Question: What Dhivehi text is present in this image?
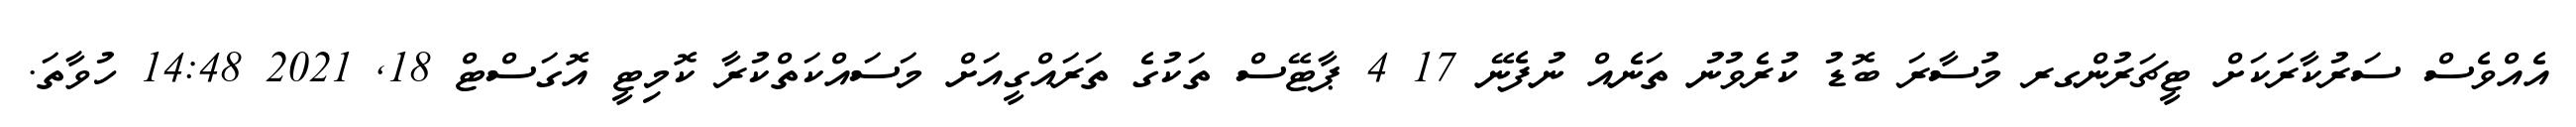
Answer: އެއްވެސް ސަރުކާރަކަށް ޓީޗަރުންގރ މުސާރަ ބޮޑު ކުރެވުނު ތަނެއް ނުފެނޭ 17 4 ޕާޓޭސް ތަކުގެ ތަރައްގީއަށް މަސައްކަތްކުރާ ކޮމިޓީ އޮގަސްޓް 18, 2021 14:48 ހުވާތަ.